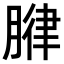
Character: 𫆧